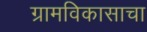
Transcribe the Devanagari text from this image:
ग्रामविकासाचा